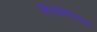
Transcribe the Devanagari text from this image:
हिरामणच्या